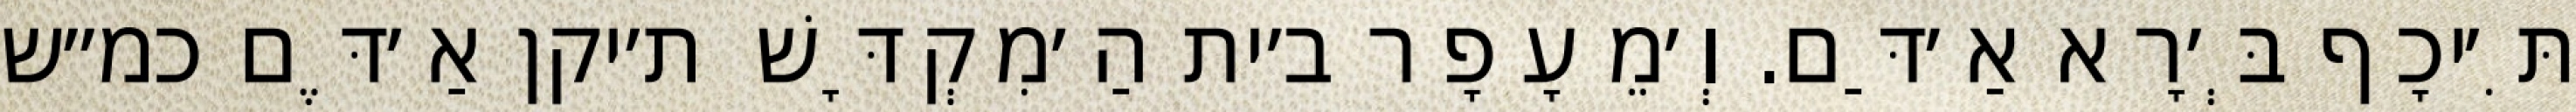
תִּ׳יכָף בְּ׳רָא אַ׳דַּם. וְ׳מֵעָפָר ב׳ית הַ׳מִקְדָּשׁ ת׳יקן אַ׳דֶּם כמ״ש